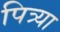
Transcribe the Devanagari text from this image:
पित्र्या